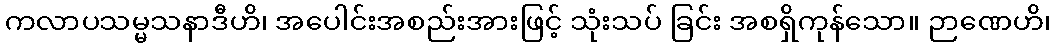
ကလာပသမ္မသနာဒီဟိ၊ အပေါင်းအစည်းအားဖြင့် သုံးသပ် ခြင်း အစရှိကုန်သော။ ဉာဏေဟိ၊